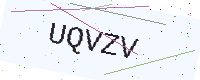
Text: UQVZV